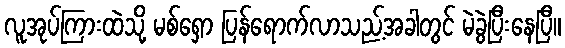
လူအုပ်ကြားထဲသို့ မစ်ရှော ပြန်ရောက်လာသည့်အခါတွင် မဲခွဲပြီးနေပြီ။